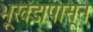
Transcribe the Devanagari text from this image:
भूखंडापासून